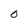
Character: O